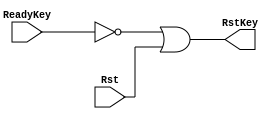
`timescale 1ns / 1ps
//////////////////////////////////////////////////////////////////////////////////
// Company: 
// Engineer: 
// 
// Design Name: 
// Module Name:    LogicReset 
// Project Name: 
// Target Devices: 
// Tool versions: 
// Description: 
//
// Dependencies: 
//
// Revision: 
// Revision 0.01 - File Created
// Additional Comments: 
//
//////////////////////////////////////////////////////////////////////////////////
module LogicReset (Rst, ReadyKey, RstKey) ;
  input      Rst;
  input      ReadyKey;
  output     RstKey;


	// EASE/HDL end ////////////////////////////////////////////////////////////////
	assign RstKey = (~ReadyKey)|Rst;


endmodule // LogicReset